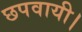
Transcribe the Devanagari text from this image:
छपवायी।